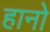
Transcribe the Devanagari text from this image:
हानो